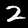
Digit: 2